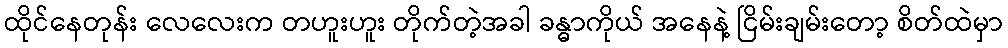
ထိုင်နေတုန်း လေလေးက တဟူးဟူး တိုက်တဲ့အခါ ခန္ဓာကိုယ် အနေနဲ့ ငြိမ်းချမ်းတော့ စိတ်ထဲမှာ